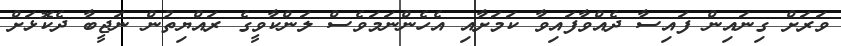
ވަރަށް ގިނައިން ފައިސާ ދެއްވާފައިވާ ކަމަށާއި އެހެންނަމަވެސް ލަންކާވީގެ ރައްޔިތުން ނަޖީބާ ދެކޮޅަށް